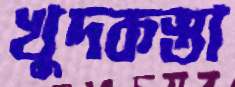
খুদকস্তা